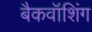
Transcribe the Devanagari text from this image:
बैकवॉशिंग